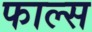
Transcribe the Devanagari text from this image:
फाल्‍स